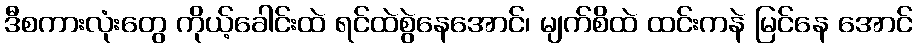
ဒီစကားလုံးတွေ ကိုယ့်ခေါင်းထဲ ရင်ထဲစွဲနေအောင်၊ မျက်စိထဲ ထင်းကနဲ မြင်နေ အောင်